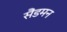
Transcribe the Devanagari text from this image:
सैंडमन